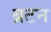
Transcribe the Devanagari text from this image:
ब्रटन